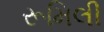
રૂમિલી